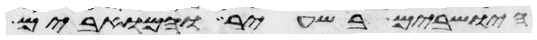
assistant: הישבים בשעיר והמואבים